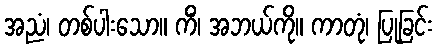
အညံ၊ တစ်ပါးသော။ ကိံ၊ အဘယ်ကို။ ကာတုံ၊ ပြုခြင်း